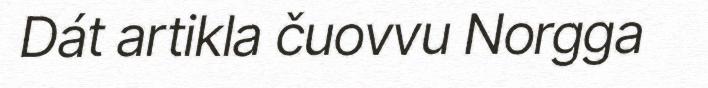
Dát artikla čuovvu Norgga